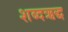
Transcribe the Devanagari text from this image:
शब्दऋद्ध